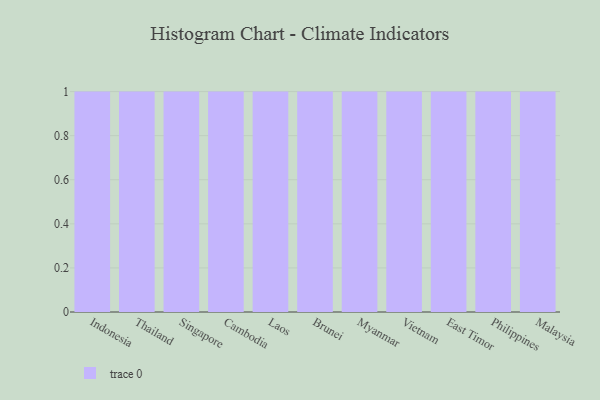
{"axis": {"x": "Country", "y": "Population (Million)"}, "legend": [""], "data": [{"x": "Indonesia", "y": 76, "type": ""}, {"x": "Thailand", "y": 59, "type": ""}, {"x": "Singapore", "y": 63, "type": ""}, {"x": "Cambodia", "y": 40, "type": ""}, {"x": "Laos", "y": 88, "type": ""}, {"x": "Brunei", "y": 87, "type": ""}, {"x": "Myanmar", "y": 3, "type": ""}, {"x": "Vietnam", "y": 38, "type": ""}, {"x": "East Timor", "y": 86, "type": ""}, {"x": "Philippines", "y": 81, "type": ""}, {"x": "Malaysia", "y": 80, "type": ""}]}